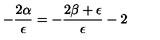
- \frac { 2 \alpha } { \epsilon } = - \frac { 2 \beta + \epsilon } { \epsilon } - 2